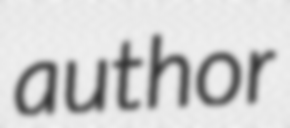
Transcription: author